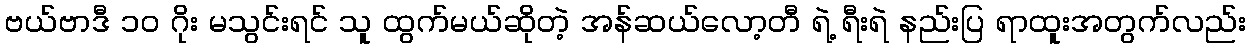
ဗယ်ဗာဒီ ၁၀ ဂိုး မသွင်းရင် သူ ထွက်မယ်ဆိုတဲ့ အန်ဆယ်လော့တီ ရဲ့ ရီးရဲ နည်းပြ ရာထူးအတွက်လည်း